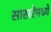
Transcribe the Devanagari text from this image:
साखरेमध्ये